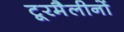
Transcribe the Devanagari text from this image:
टूरमैलीनों